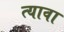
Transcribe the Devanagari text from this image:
त्यावा